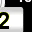
Digit: 2